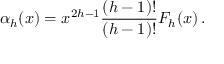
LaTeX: \alpha _ { h } ( x ) = x ^ { 2 h - 1 } { \frac { ( h - 1 ) ! } { ( h - 1 ) ! } } F _ { h } ( x ) \, .